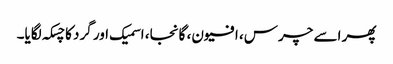
پھر اسے چرس، افیون، گانجا، اسمیک اور گرد کا چسکہ لگایا۔